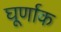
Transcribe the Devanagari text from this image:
घूर्णाक